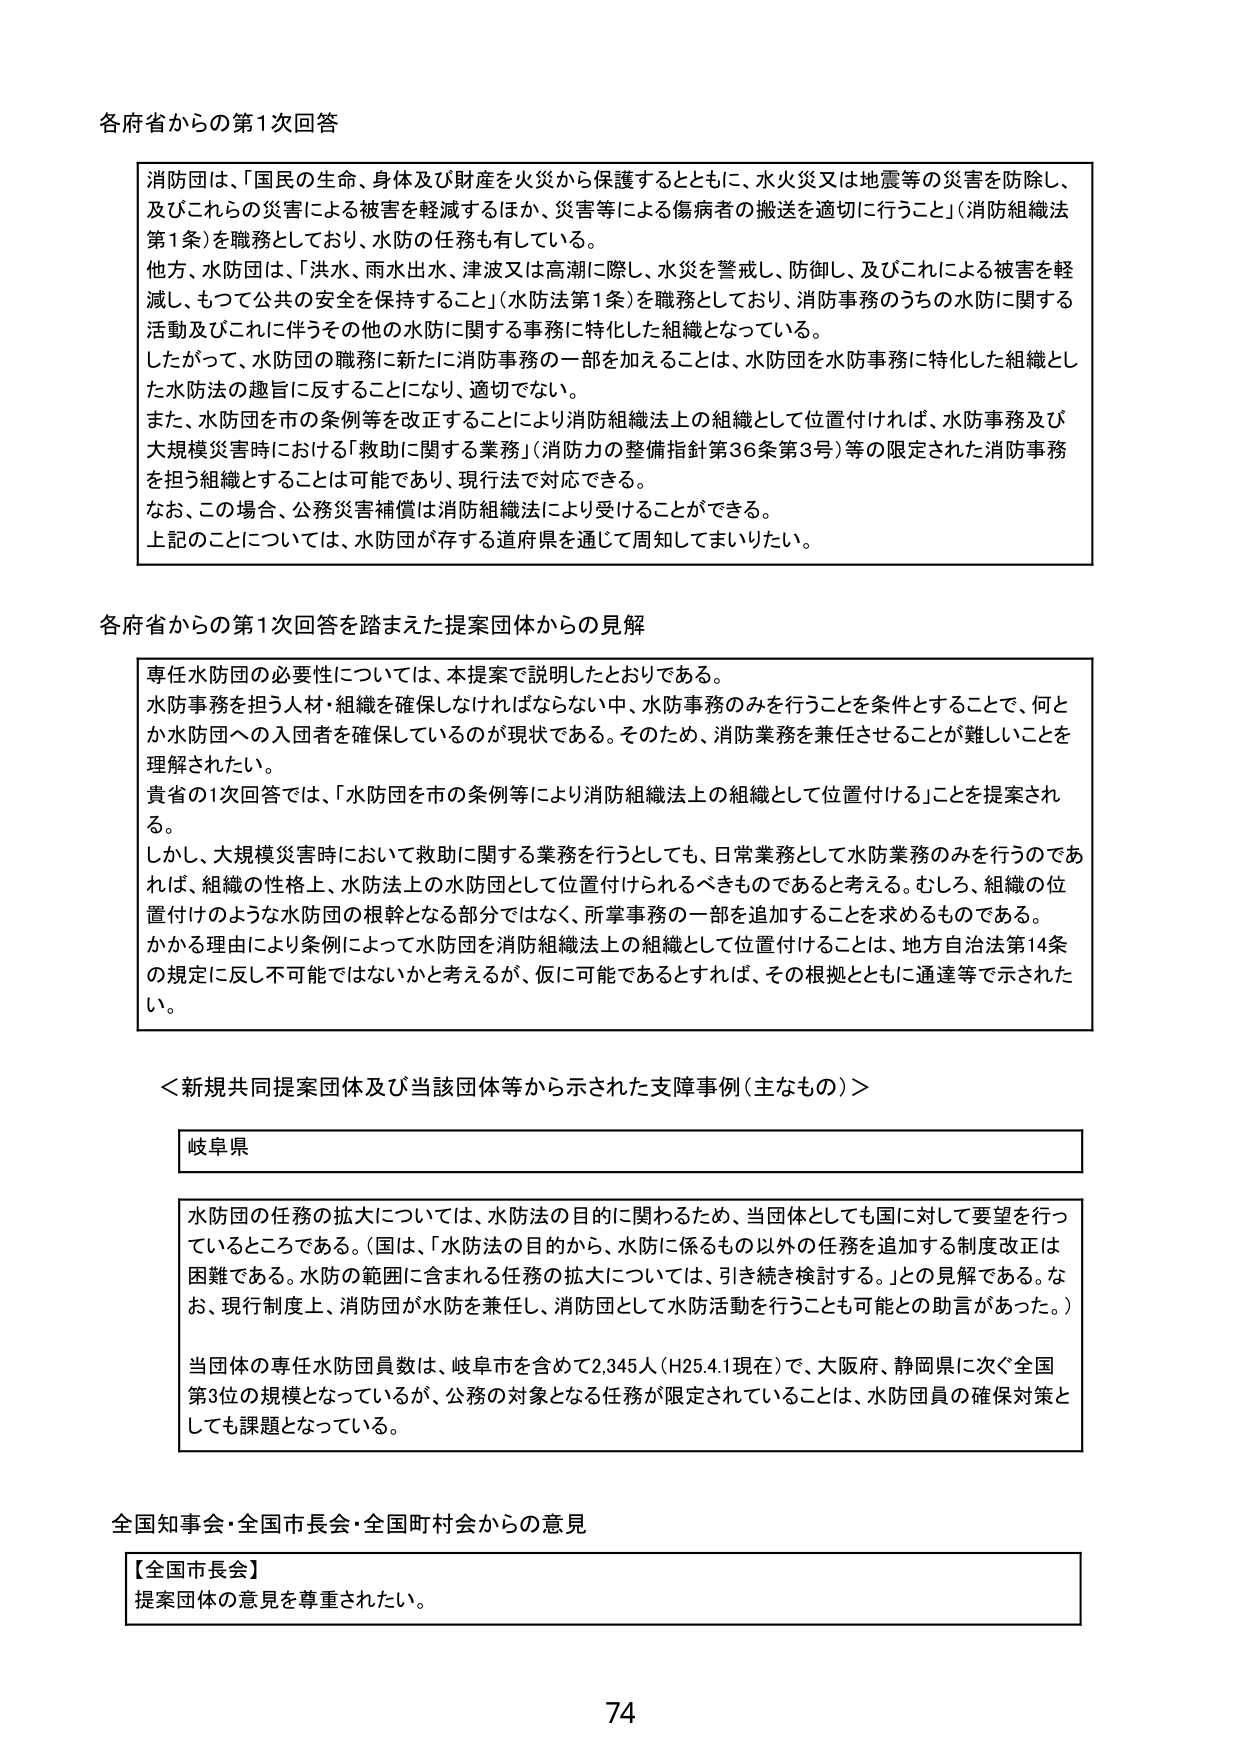
各府省からの第1次回答

消防団は、「国民の生命、身体及び財産を火災から保護するとともに、火火災又は地震等の災害を防除し、及びこれらの災害による被害を軽減するほか、災害等による傷病者の搬送を適切に行うこと」（消防組織法第1条）を職務としており、水防の任務も有している。
他方、水防団は、「洪水、雨水出水、津波又は高潮に際し、水災を警戒し、防御し、及びこれによる被害を軽減し、もって公共の安全を保持すること」（水防法第1条）を職務としており、消防事務のうちの水防に関する活動及びこれに伴うその他の水防に関する事務に特化した組織となっている。
したがって、水防団の職務に新たに消防事務の一部を加えることは、水防団を水防事務に特化した組織とした水防法の趣旨に反することになり、適切でない。
また、水防団を市の条例等を改正することにより消防組織法上の組織として位置付ければ、水防事務及び大規模災害時における「救助に関する業務」（消防力の整備指針第36条第3号）等の限定された消防事務を担う組織とすることは可能であり、現行法で対応できる。
なお、この場合、公務災害補償は消防組織法により受けることができる。
上記のことについては、水防団が存する道府県を通じて周知してまいりたい。

各府省からの第1次回答を踏まえた提案団体からの見解

専任水防団の必要性については、本提案で説明したとおりである。
水防事務を担う人材・組織を確保しなければならない中、水防事務のみを行うことを条件とすることで、何とか水防団への入団者を確保しているのが現状である。そのため、消防業務を兼任させることが難しいことを理解されたい。
貴省の1次回答では、「水防団を市の条例等により消防組織法上の組織として位置付ける」ことを提案される。
しかし、大規模災害時において救助に関する業務を行うとしても、日常業務として水防業務のみを行うのであれば、組織の性格上、水防法上の水防団として位置付けられるべきものであると考える。むしろ、組織の位置付けのような水防団の根幹となる部分ではなく、所掌事務の一部を追加することを求めるものである。
かかる理由により条例によって水防団を消防組織法上の組織として位置付けることは、地方自治法第14条の規定に反し不可能ではないかと考えるが、仮に可能であるとすれば、その根拠とともに通達等で示されたい。

＜新規共同提案団体及び当該団体等から示された支障事例（主なもの）＞

岐阜県

水防団の任務の拡大については、水防法の目的に関わるため、当団体としても国に対して要望を行っているところである。（国は、「水防法の目的から、水防に係るもの以外の任務を追加する制度改正は困難である。水防の範囲に含まれる任務の拡大については、引き続き検討する。」との見解である。なお、現行制度上、消防団が水防を兼任し、消防団として水防活動を行うことも可能との助言があった。）
当団体の専任水防団員数は、岐阜市を含めて2,345人（H25.4.1現在）で、大阪府、静岡県に次ぐ全国第3位の規模となっているが、公務の対象となる任務が限定されていることは、水防団員の確保対策としても課題となっている。

全国知事会・全国市長会・全国町村会からの意見

【全国市長会】
提案団体の意見を尊重されたい。

74